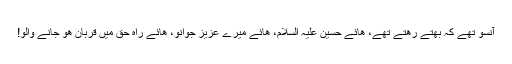
آنسو تھے کہ بھتے رھتے تھے، ھائے حسین علیہ السلام، ھائے میرے عزیز جوانو، ھائے راہ حق میں قربان ھو جانے والو!